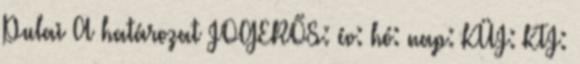
Pulai A határozat JOGERŐS: év: hó: nap: KÜJ: KTJ: